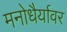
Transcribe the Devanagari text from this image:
मनोधैर्यावर